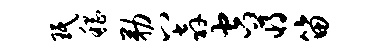
珉稽勒八奔空蒋笛